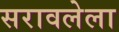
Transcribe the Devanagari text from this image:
सरावलेला